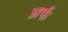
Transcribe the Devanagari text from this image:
अर्फ